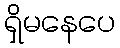
ရှိမနေပေ